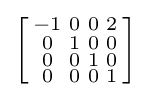
\left[{\begin{smallmatrix}-1&0&0&2\\0&1&0&0\\0&0&1&0\\0&0&0&1\\\end{smallmatrix}}\right]